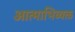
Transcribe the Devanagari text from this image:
आत्माभिव्यक्त